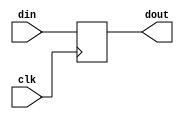

// D Flip-Flop


module dflop(clk,din,dout);
	
	input clk;
	input din;
	output reg dout;
    
	always @(posedge clk) begin
		dout <= din;	
	end
	
endmodule